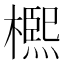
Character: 𣜠